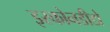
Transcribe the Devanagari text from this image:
इस्कोनडीडो